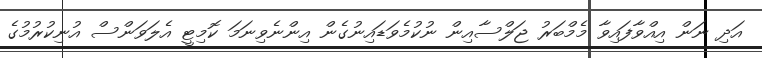
އަދި ނަން އިއްވާފައިވާ މެމްބަރު ޖަލްސާއިން ނުކުމެވަޑައިނުގެން އިންނެވިނަމަ ކޮމިޓީ އެލަވަންސް އުނިކުރުމުގެ